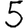
Digit: 5